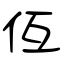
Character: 仾